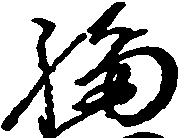
福